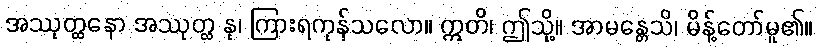
အဿုတ္ထနော အဿုတ္ထ နု၊ ကြားရကုန်သလော။ ဣတိ၊ ဤသို့။ အာမန္တေသိ၊ မိန့်တော်မူ၏။